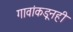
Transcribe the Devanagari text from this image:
गावांकडूनही